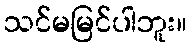
သင်မမြင်ပါဘူး။